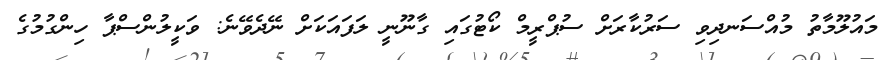
މައުލޫމާތު މުއްސަނދިވި ސަރުކާރަށް ސުޕްރީމް ކޯޓުގައި ގާނޫނީ ލަފައަކަށް ނޭދެވޭނެ: ވަކީލުންސްޕާ ހިންގުމުގެ